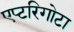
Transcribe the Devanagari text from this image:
एप्टरिगोटा